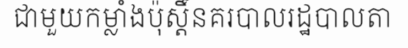
ជាមួយកម្លាំងប៉ុស្តិ៍នគរបាលរដ្ឋបាលតា